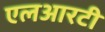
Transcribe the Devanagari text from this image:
एलआरटी